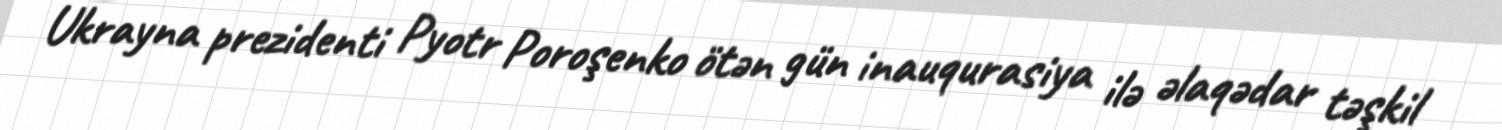
Ukrayna prezidenti Pyotr Poroşenko ötən gün inauqurasiya ilə əlaqədar təşkil